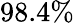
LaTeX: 98.4\%